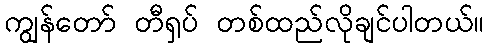
ကျွန်တော် တီရှပ် တစ်ထည်လိုချင်ပါတယ်။